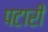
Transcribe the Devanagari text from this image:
पटारी